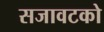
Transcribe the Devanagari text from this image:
सजावटको